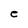
Character: e